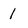
Character: 1